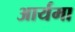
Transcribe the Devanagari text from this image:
आर्यमा